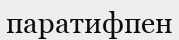
паратифпен